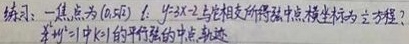
练习：一焦点为\((0,\sqrt{50})\)，\(l:y = 3x - 2\)与它相交所得弦中点横坐标为\(\frac{1}{2}\)，求方程？求\(y^{2}=1\)（\(k\gt1\)）的平行弦的中点轨迹。